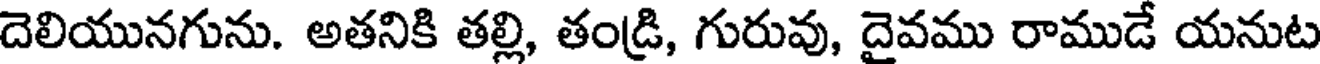
దెలియునగును. అతనికి తల్లి, తండ్రి, గురువు, దైవము రాముడే యనుట